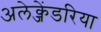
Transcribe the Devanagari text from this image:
अलेक्जेंडरिया